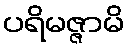
ပရိမဇ္ဇာမိ